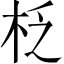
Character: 柉